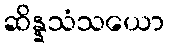
ဆိန္နသံသယော